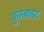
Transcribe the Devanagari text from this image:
फ़ुलब्राइट